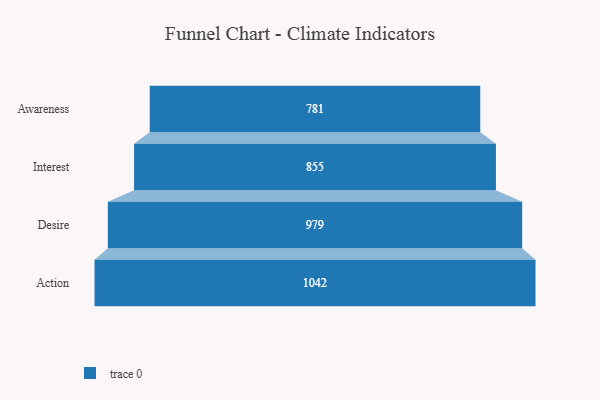
{"axis": {"x": "Stage", "y": "Value"}, "legend": [""], "data": [{"x": "Awareness", "y": 781.0, "type": ""}, {"x": "Interest", "y": 855.0, "type": ""}, {"x": "Desire", "y": 979.0, "type": ""}, {"x": "Action", "y": 1042.0, "type": ""}]}